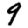
Digit: 9